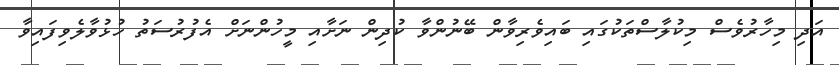
އަދި މިހާރުވެސް މިކުލާސްތަކުގައި ބައިވެރިވާން ބޭނުންވާ ކުދިިން ނަށާއި މީހުންނަށް އެފުރުސަތު ހުޅުވާލެވިފައިވާ